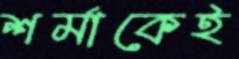
শর্মাকেই